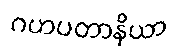
ဂဟပတာနိယာ